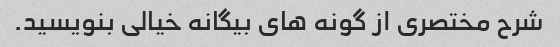
شرح مختصری از گونه های بیگانه خیالی بنویسید.